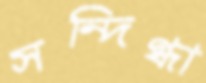
সন্দিগ্ধা